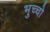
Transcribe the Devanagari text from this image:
भुच्चो